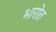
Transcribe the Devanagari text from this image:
भारोत